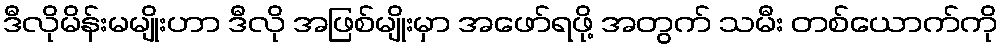
ဒီလိုမိန်းမမျိုးဟာ ဒီလို အဖြစ်မျိုးမှာ အဖော်ရဖို့ အတွက် သမီး တစ်ယောက်ကို